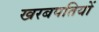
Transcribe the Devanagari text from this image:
खरबपतियों